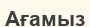
Ағамыз